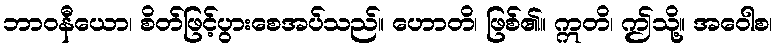
ဘာဝနီယော၊ စိတ်ဖြင့်ပွားစေအပ်သည်။ ဟောတိ၊ ဖြစ်၏။ ဣတိ၊ ဤသို့။ အဝေါစ၊